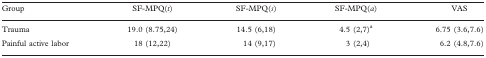
| Group | SF-MPQ(t) | SF-MPQ(s) | SF-MPQ(a) | VAS |
 | --- | --- | --- | --- | --- |
 | Trauma | 19.0 (8.75,24) | 14.5 (6,18) | 4.5 (2,7)a | 6.75 (3.6,7.6) |
 | Painful active labor | 18 (12,22) | 14 (9,17) | 3 (2,4) | 6.2 (4.8,7.6) |